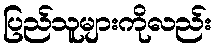
ပြည်သူများကိုလည်း